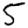
Digit: 5